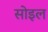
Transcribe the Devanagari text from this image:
सोइल